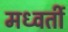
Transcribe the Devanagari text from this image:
मध्वर्ती